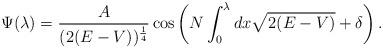
LaTeX: \begin{align*}\Psi ( \lambda ) = \frac{A}{(2(E-V))^{ \frac{1}{4} } } \cos \left( N\int_{0}^{\lambda} d x \sqrt{2(E-V)} + \delta \right ).\end{align*}